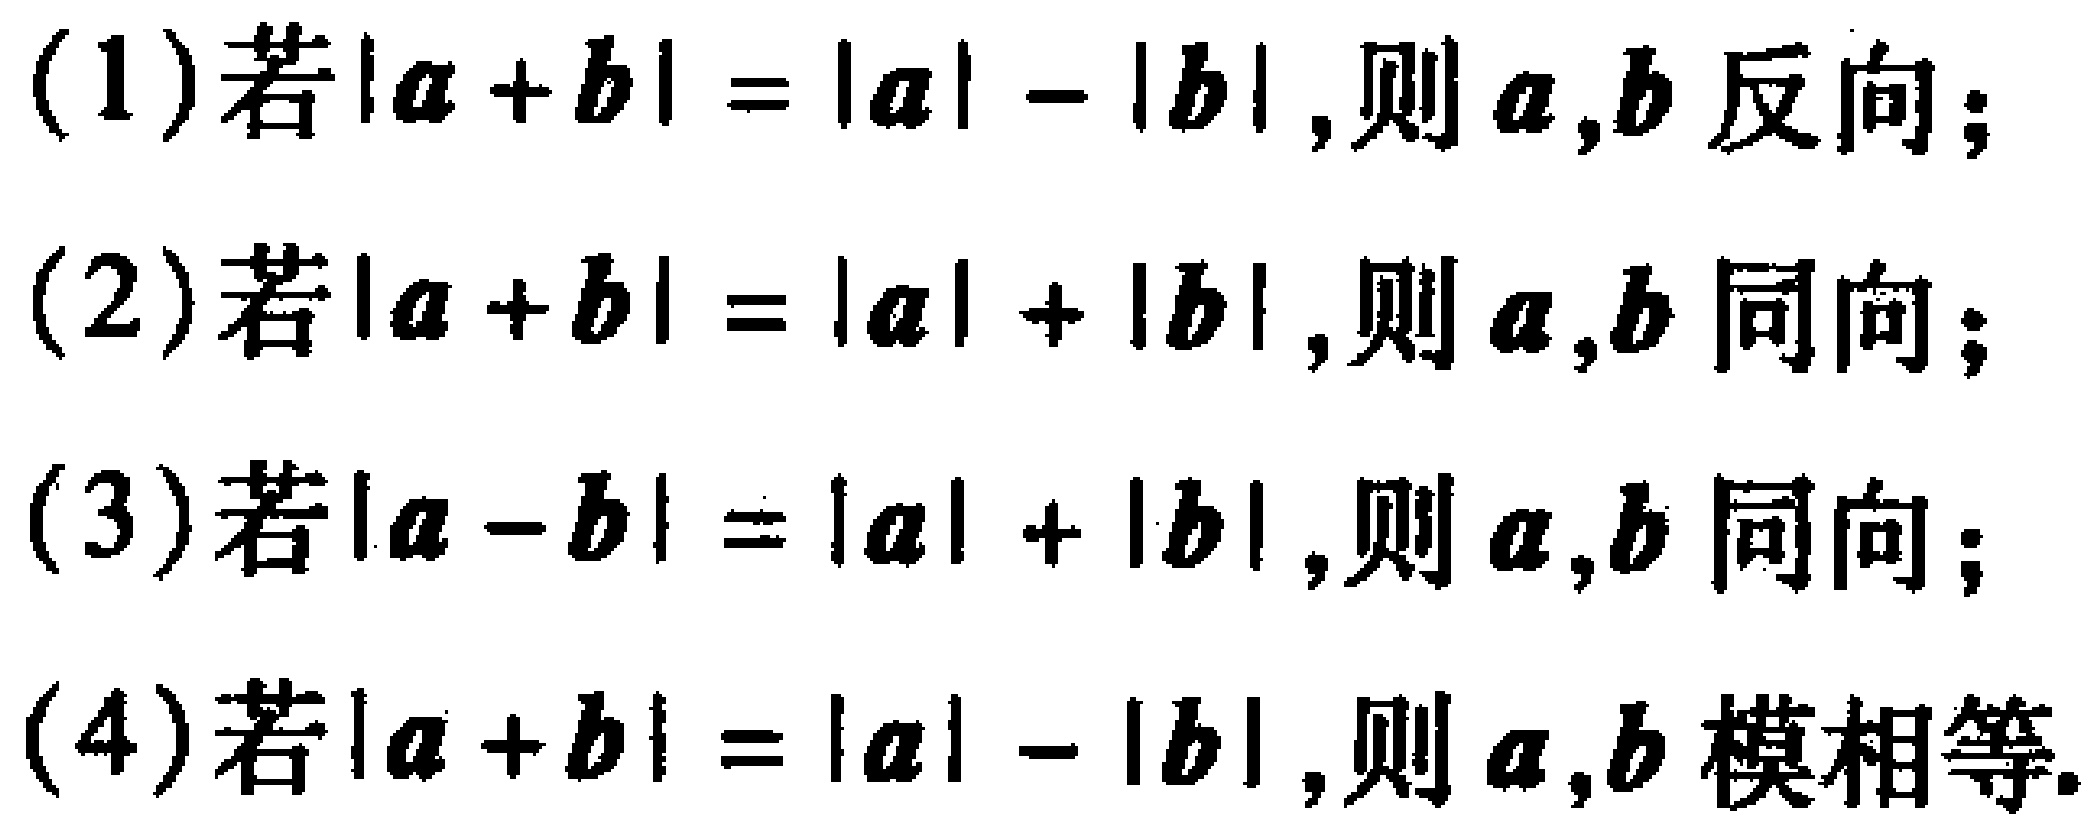
(1)若$|\boldsymbol{a}+\boldsymbol{b}| = |\boldsymbol{a}|-|\boldsymbol{b}|$,则$\boldsymbol{a},\boldsymbol{b}$反向;
(2)若$|\boldsymbol{a}+\boldsymbol{b}| = |\boldsymbol{a}|+|\boldsymbol{b}|$,则$\boldsymbol{a},\boldsymbol{b}$同向;
(3)若$|\boldsymbol{a}-\boldsymbol{b}| = |\boldsymbol{a}|+|\boldsymbol{b}|$,则$\boldsymbol{a},\boldsymbol{b}$同向;
(4)若$|\boldsymbol{a}+\boldsymbol{b}| = |\boldsymbol{a}|-|\boldsymbol{b}|$,则$\boldsymbol{a},\boldsymbol{b}$模相等.